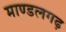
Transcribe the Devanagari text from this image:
माण्डलगढ़